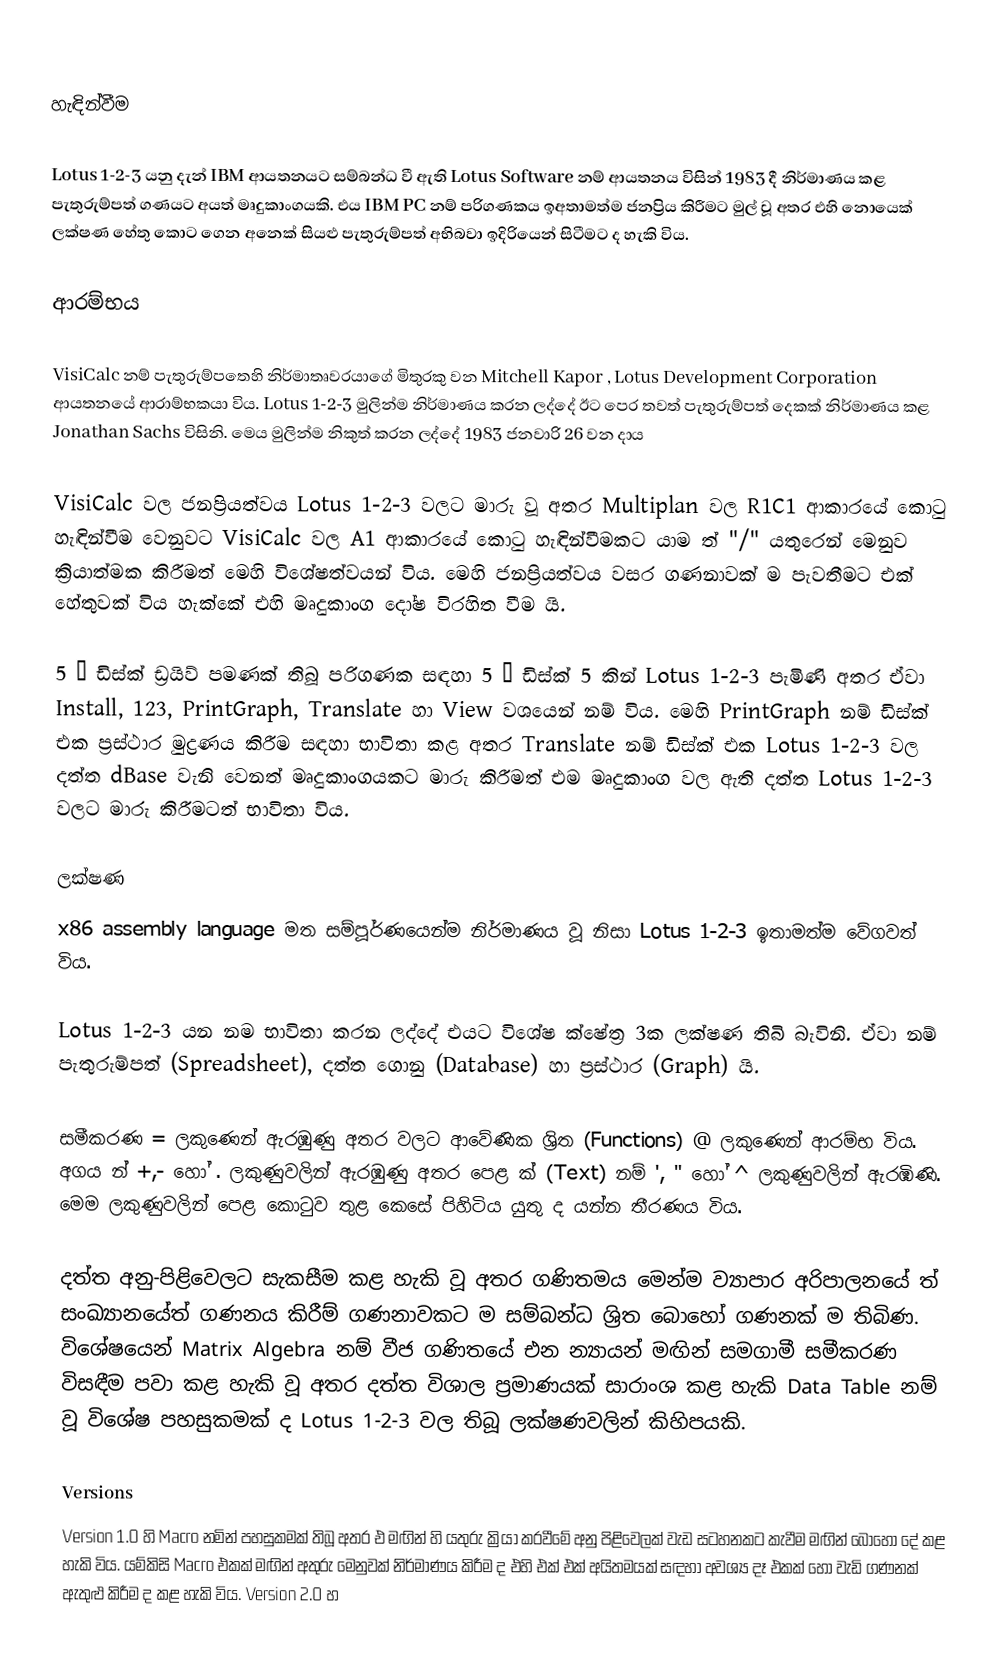

හැඳින්වීම

Lotus 1-2-3 යනු දැන් IBM ආයතනයට සම්බන්ධ වී ඇති Lotus Software නම් ආයතනය විසින් 1983 දී නිර්මාණය කළ පැතුරුම්පත් ගණයට අයත් මෘදුකාංගයකි. එය IBM PC නම් පරිගණකය ඉඅතාමත්ම ජනප්‍රිය කිරීමට මුල් වූ අතර එහි නොයෙක් ලක්ෂණ හේතු කොට ගෙන අනෙක් සියළු පැතුරුම්පත් අභිබවා ඉදිරියෙන් සිටීමට ද හැකි විය.

ආරම්භය

VisiCalc නම් පැතුරුම්පතෙහි නිර්මාතෘවරයාගේ මිතුරකු වන Mitchell Kapor , Lotus Development Corporation ආයතනයේ ආරාම්භකයා විය. Lotus 1-2-3 මුලින්ම නිර්මාණය කරන ලද්දේ ඊට පෙර තවත් පැතුරුම්පත් දෙකක් නිර්මාණය කළ Jonathan Sachs විසිනි. මෙය මුලින්ම නිකුත් කරන ලද්දේ 1983 ජනවාරි 26 වන දාය

VisiCalc වල ජනප්‍රියත්වය Lotus 1-2-3 වලට මාරු වූ අතර Multiplan වල R1C1 ආකාරයේ කොටු හැඳින්වීම වෙනුවට VisiCalc වල A1 ආකාරයේ කොටු හැඳින්වීමකට යාම ත් "/" යතුරෙන් මෙනුව ක්‍රියාත්මක කිරීමත් මෙහි විශේෂත්වයන් විය. මෙහි ජනප්‍රියත්වය වසර ගණනාවක් ම පැවතීමට එක් හේතුවක් විය හැක්කේ එහි මෘදුකාංග දෝෂ විරහිත වීම යි.

5 ¼ ඩිස්ක් ඩ්‍රයිව් පමණක් තිබූ පරිගණක සඳහා 5 ¼ ඩිස්ක් 5 කින් Lotus 1-2-3 පැමිණි අතර ඒවා Install, 123, PrintGraph, Translate හා View වශයෙන් නම් විය. මෙහි PrintGraph නම් ඩිස්ක් එක ප්‍රස්ථාර මුද්‍රණය කිරීම සඳහා භාවිතා කළ අතර Translate නම් ඩිස්ක් එක Lotus 1-2-3 වල දත්ත dBase වැනි වෙනත් මෘදුකාංගයකට මාරු කිරීමත් එම මෘදුකාංග වල ඇති දත්ත Lotus 1-2-3 වලට මාරු කිරීමටත් භාවිතා විය.

ලක්ෂණ
x86 assembly language මත සම්පූර්ණයෙන්ම නිර්මාණය වූ නිසා Lotus 1-2-3 ඉතාමත්ම වේගවත් විය.

Lotus 1-2-3 යන නම භාවිතා කරන ලද්දේ එයට විශේෂ ක්ෂේත්‍ර 3ක ලක්ෂණ තිබි බැවිනි. ඒවා නම් පැතුරුම්පත් (Spreadsheet), දත්ත ගොනු (Database) හා ප්‍රස්ථාර (Graph) යි.

සමීකරණ = ලකුණෙන් ඇරඹුණු අතර වලට ආවේණික ශ්‍රිත (Functions) @ ලකුණෙන් ආරම්භ විය. අගය න් +,- හෝ . ලකුණුවලින් ඇරඹුණු අතර පෙළ ක් (Text) නම් ', " හෝ ^ ලකුණුවලින් ඇරඹිණි. මෙම ලකුණුවලින් පෙළ කොටුව තුළ කෙසේ පිහිටිය යුතු ද යන්න තීරණය විය.

දත්ත අනු-පිළිවෙලට සැකසීම කළ හැකි වූ අතර ගණිතමය මෙන්ම ව්‍යාපාර අරිපාලනයේ ත් සංඛ්‍යානයේත් ගණනය කිරීම් ගණනාවකට ම සම්බන්ධ ශ්‍රිත බොහෝ ගණනක් ම තිබිණ. විශේෂයෙන් Matrix Algebra නම් වීජ ගණිතයේ එන න්‍යායන් මඟින් සමගාමී සමීකරණ විසඳීම පවා කළ හැකි වූ අතර දත්ත විශාල ප්‍රමාණයක් සාරාංශ කළ හැකි Data Table නම් වූ විශේෂ පහසුකමක් ද Lotus 1-2-3 වල තිබූ ලක්ෂණවලින් කිහිපයකි.

Versions
Version 1.0 හි Macro නමින් පහසුකමක් තිබූ අතර එ මඟින් හි යතුරු ක්‍රියා කරවීමේ අනු පිළිවෙලක් වැඩ සටහනකට කැවීම මඟින් බොහෝ දේ කළ හැකි විය. යම්කිසි Macro එකක් මඟින් අතුරු මෙනුවක් නිර්මාණය කිරීම ද එහි එක් එක් අයිතමයක් සඳහා අවශ්‍ය දෑ එකක් හෝ වැඩි ගණනක් ඇතුළු කිරීම ද කළ හැකි විය. Version 2.0 හ